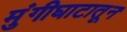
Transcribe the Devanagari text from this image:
मुंगीघाटातून